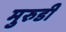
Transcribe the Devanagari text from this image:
मुरुडी